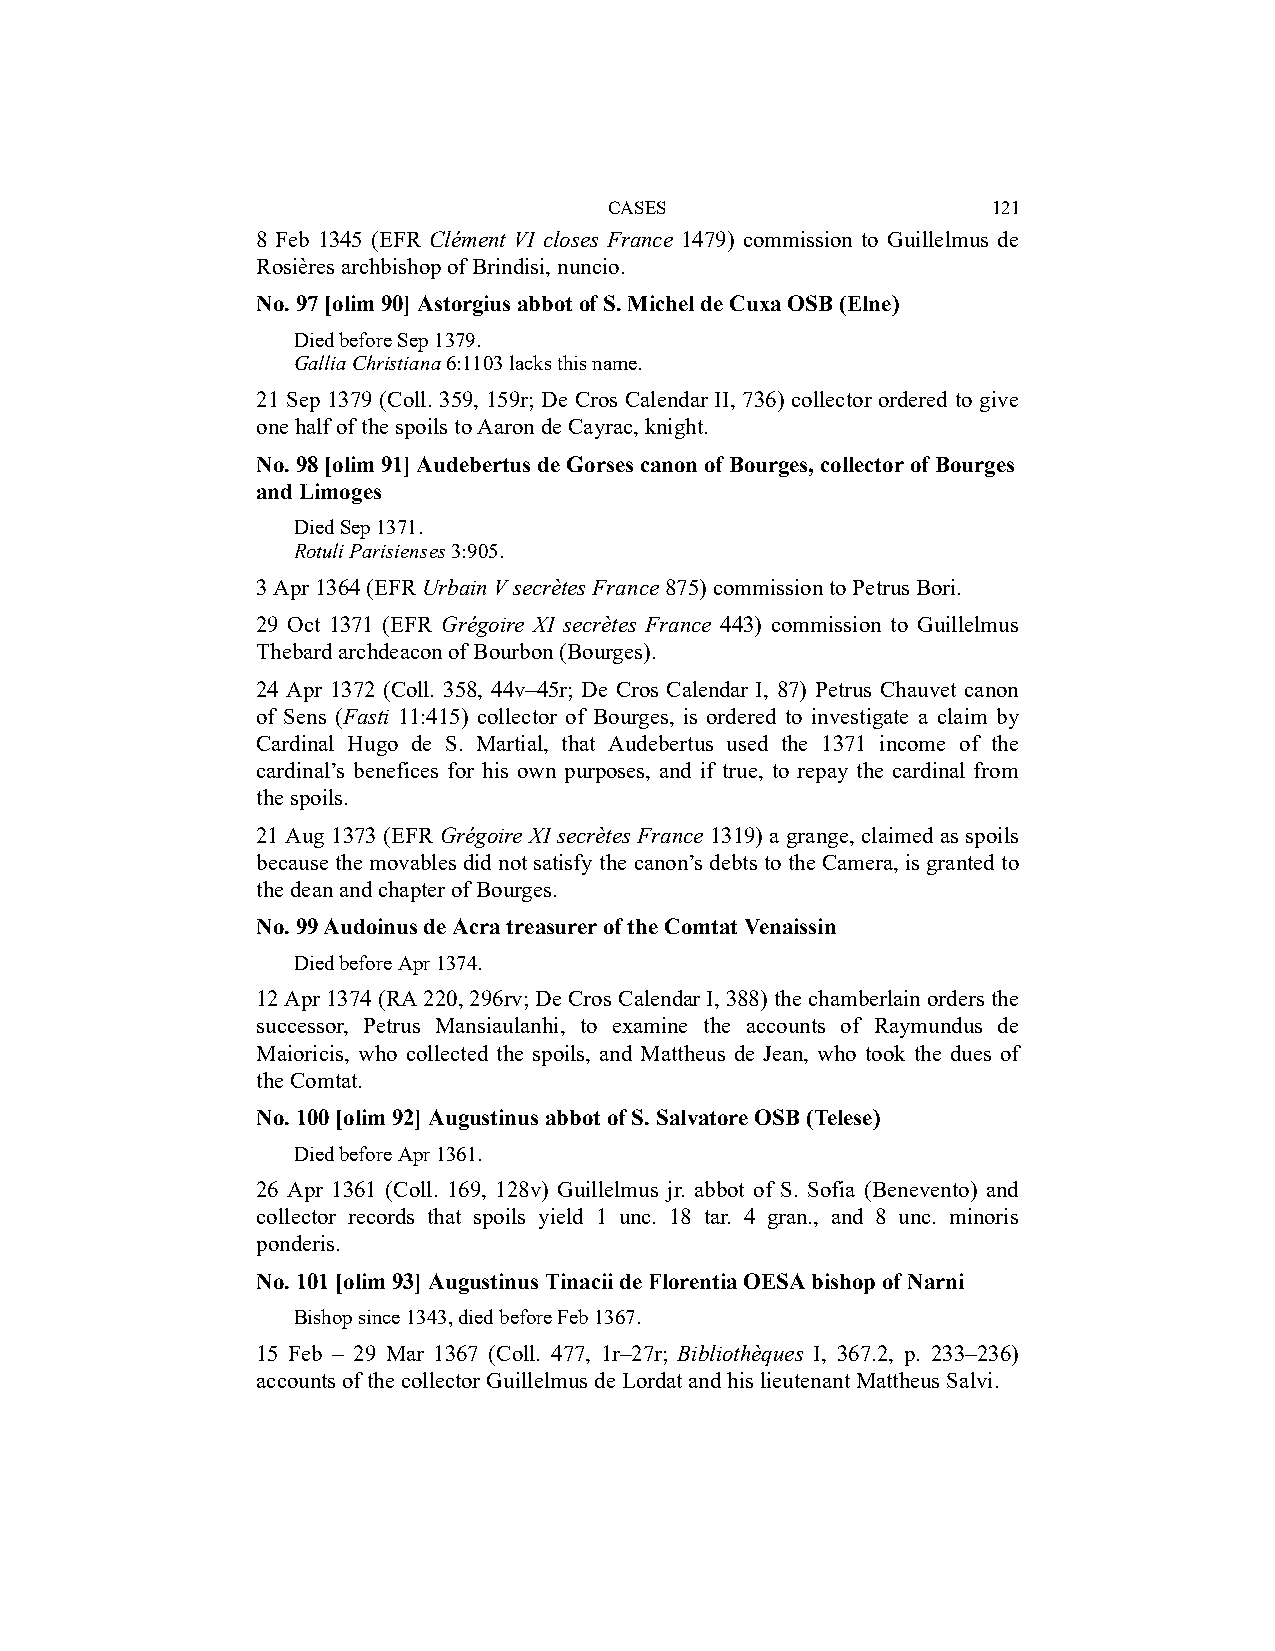
CASES                     121
 8 Feb 1345 (EFR Clément VI closes France 1479) commission to Guillelmus de
 Rosières archbishop of Brindisi, nuncio.
 No. 97 [olim 90] Astorgius abbot of S. Michel de Cuxa OSB (Elne)
 Died before Sep 1379.
 Gallia Christiana 6:1103 lacks this name.
 21 Sep 1379 (Coll. 359, 159r; De Cros Calendar II, 736) collector ordered to give
 one half of the spoils to Aaron de Cayrac, knight.
 No. 98 [olim 91] Audebertus de Gorses canon of Bourges, collector of Bourges
 and Limoges
 Died Sep 1371.
 Rotuli Parisienses 3:905.
 3 Apr 1364 (EFR Urbain V secrètes France 875) commission to Petrus Bori.
 29 Oct 1371 (EFR Grégoire XI secrètes France 443) commission to Guillelmus
 Thebard archdeacon of Bourbon (Bourges).
 24 Apr 1372 (Coll. 358, 44v–45r; De Cros Calendar I, 87) Petrus Chauvet canon
 of Sens (Fasti 11:415) collector of Bourges, is ordered to investigate a claim by
 Cardinal Hugo de S. Martial, that Audebertus used the 1371 income of the
 cardinal’s benefices for his own purposes, and if true, to repay the cardinal from
 the spoils.
 21 Aug 1373 (EFR Grégoire XI secrètes France 1319) a grange, claimed as spoils
 because the movables did not satisfy the canon’s debts to the Camera, is granted to
 the dean and chapter of Bourges.
 No. 99 Audoinus de Acra treasurer of the Comtat Venaissin
 Died before Apr 1374.
 12 Apr 1374 (RA 220, 296rv; De Cros Calendar I, 388) the chamberlain orders the
 successor, Petrus Mansiaulanhi, to examine the accounts of Raymundus de
 Maioricis, who collected the spoils, and Mattheus de Jean, who took the dues of
 the Comtat.
 No. 100 [olim 92] Augustinus abbot of S. Salvatore OSB (Telese)
 Died before Apr 1361.
 26 Apr 1361 (Coll. 169, 128v) Guillelmus jr. abbot of S. Sofia (Benevento) and
 collector records that spoils yield 1 unc. 18 tar. 4 gran., and 8 unc. minoris
 ponderis.
 No. 101 [olim 93] Augustinus Tinacii de Florentia OESA bishop of Narni
 Bishop since 1343, died before Feb 1367.
 15 Feb – 29 Mar 1367 (Coll. 477, 1r–27r; Bibliothèques I, 367.2, p. 233–236)
 accounts of the collector Guillelmus de Lordat and his lieutenant Mattheus Salvi.